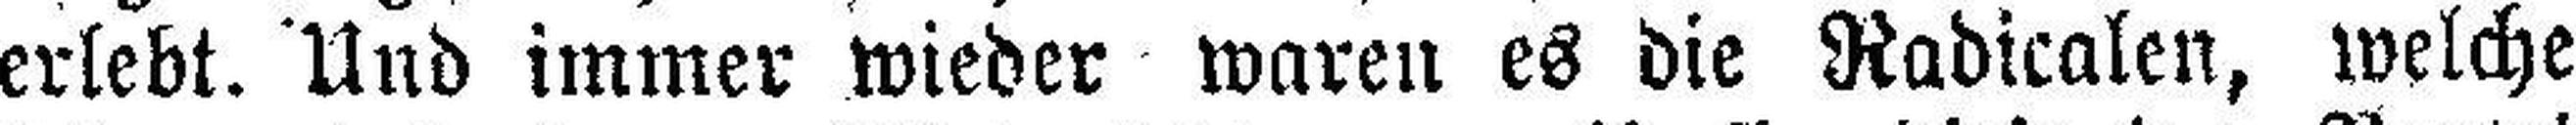
erlebt. Und immer wieder waren es die Radicalen, welche